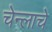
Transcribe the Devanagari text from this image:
चेन्लाचे